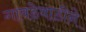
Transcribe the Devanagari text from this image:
गावडेवाडीने